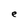
Character: e